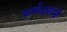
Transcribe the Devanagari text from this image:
कर्णधारांनी